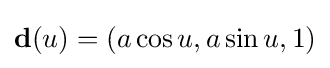
\mathbf {d} (u)=(a\cos u,a\sin u,1)